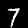
Digit: 7